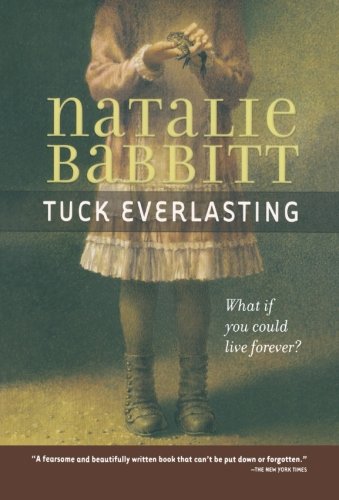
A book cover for Tuck Everlasting; Natalie Babbit; Children's Books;